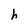
Character: h